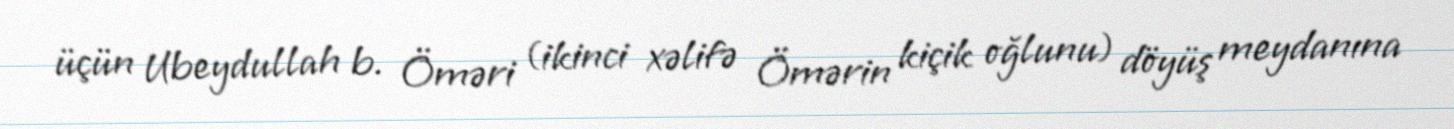
üçün Ubeydullah b. Öməri (ikinci xəlifə Ömərin kiçik oğlunu) döyüş meydanına